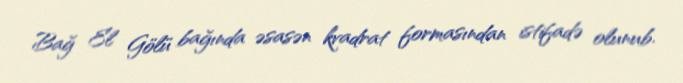
Bağ El Gölü bağında əsasən kvadrat formasından istifadə olunub.